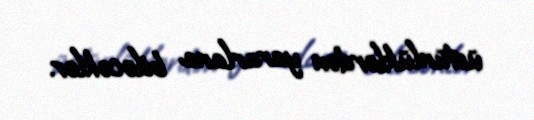
üstünlüklərdən yararlana biləcəklər.